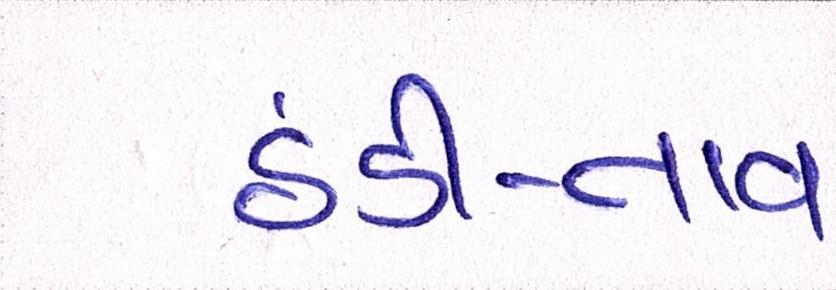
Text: ઠંડી-તાવ